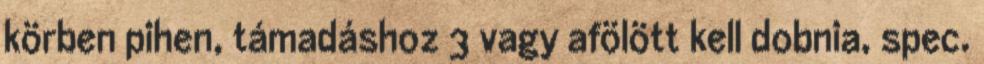
körben pihen, támadáshoz 3 vagy afölött kell dobnia, spec.